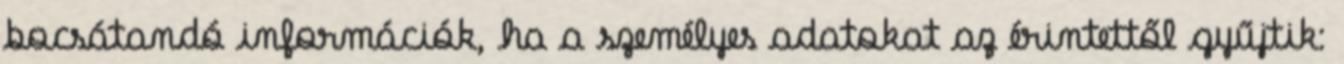
bocsátandó információk, ha a személyes adatokat az érintettől gyűjtik: